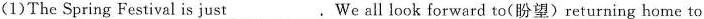
(1)The Spring Festival is just___. We all look forward to(盼望)returning home to